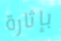
بإثارة